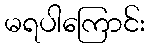
မရပါကြောင်း